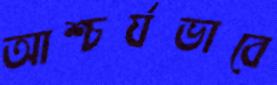
আশ্চর্যভাবে